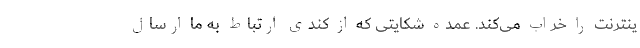
ینترنت را خراب می‌کند. عمده شکایتی که از کندی ارتباط به ما ارسال